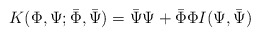
\begin{align*}K(\Phi, \Psi; \bar{\Phi}, \bar{\Psi}) = \bar{\Psi} \Psi + \bar{\Phi} \Phi I(\Psi, \bar{\Psi})\end{align*}